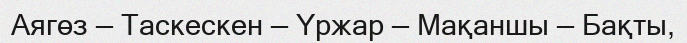
Аягөз — Таскескен — Үржар — Мақаншы — Бақты,